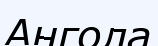
Ангола